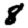
Digit: 8